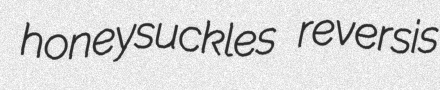
honeysuckles reversis